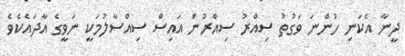
ދީނާ އެކަނި ހުންނަ ވަގުތު ސިއްރު ސިއްރުން އައިސް ސިއްސާލުމަކީ ނަވީގެ އާދައެކެވެ